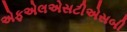
એફએલએસટીએસબી